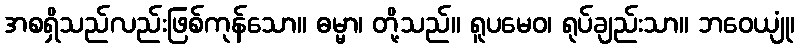
အစရှိသည်လည်းဖြစ်ကုန်သော။ ဓမ္မာ၊ တို့သည်။ ရူပမေဝ၊ ရုပ်ချည်းသာ။ ဘဝေယျုံ၊